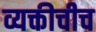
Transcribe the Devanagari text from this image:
व्यक्तीचीच